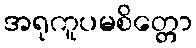
အရုကူပမစိတ္တော